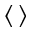
\langle \, \rangle